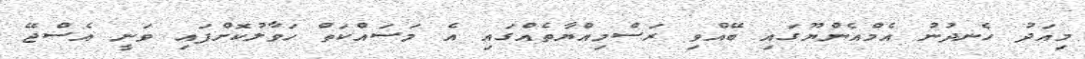
މިއަދު ހެނދުނު އެމްއެންޔޫގައި ބޭއްވި ރަސްމިއްޔާތެއްގައި އެ މަސައްކަތް ހަވާލުކޮށްފައި ވަނީ އެސްޖޭ